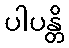
ပါပန္တိ